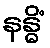
နန္ဓိံ